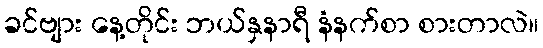
ခင်ဗျား နေ့တိုင်း ဘယ်နှနာရီ နံနက်စာ စားတာလဲ။